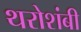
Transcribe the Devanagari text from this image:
थरोशंबी